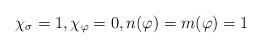
LaTeX: \begin{align*}\chi_{\sigma} = 1, \chi_{\varphi} = 0, n(\varphi) = m(\varphi) = 1\end{align*}